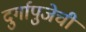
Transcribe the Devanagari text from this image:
दुर्गापुजेची